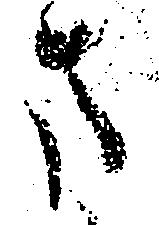
ま